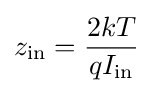
z_{\text{in}}={\frac {2kT}{qI_{\text{in}}}}